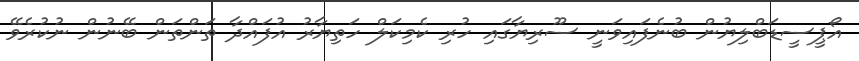
އޯޕީސީޑަބްލިޔުން ބުނެފައިވަނީ ސޫރިޔާގައި ހުރި ކެމިކަލް ހަތިޔާރު އުފައްދާ ތަންތަން ބޭނުން ނުކުރެވޭ